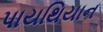
પાયથિયાન